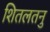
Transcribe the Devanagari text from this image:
शितलतनु